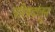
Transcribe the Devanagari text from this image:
परिषदांतून